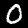
Digit: 0